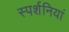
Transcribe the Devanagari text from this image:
स्पर्शनियां